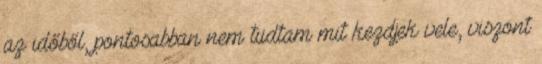
az időből, pontosabban nem tudtam mit kezdjek vele, viszont